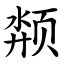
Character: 颒